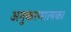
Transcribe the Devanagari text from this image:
अनुकरणात्मक।